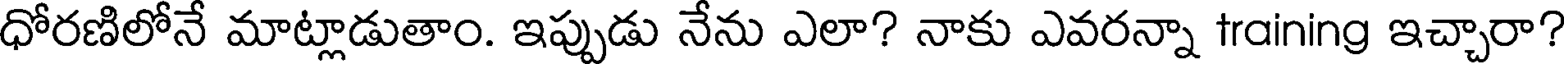
ధోరణిలోనే మాట్లాడుతాం. ఇప్పుడు నేను ఎలా? నాకు ఎవరన్నా training ఇచ్చారా?